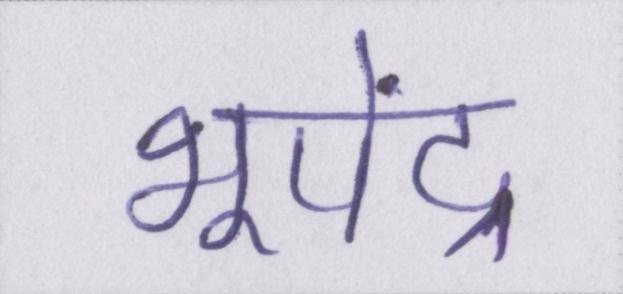
भूपेंद्र